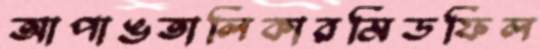
আপাঙতালিকারমিডফিল